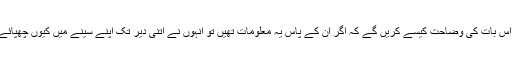
لیکن وہ اس بات کی وضاحت کیسے کریں گے کہ اگر اُن کے پاس یہ معلومات تھیں تو اُنہوں نے اتنی دیر تک اپنے سینے میں کیوں چھپائے رکھیں۔